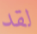
لقد